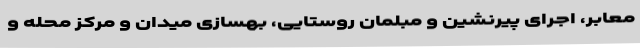
معابر، اجرای پیرنشین و مبلمان روستایی، بهسازی میدان و مرکز محله و